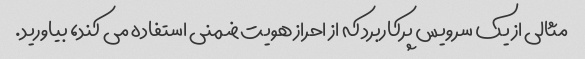
مثالی از یک سرویس پرکاربرد که از احراز هویت ضمنی استفاده می کند، بیاورید.